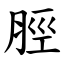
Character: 脛